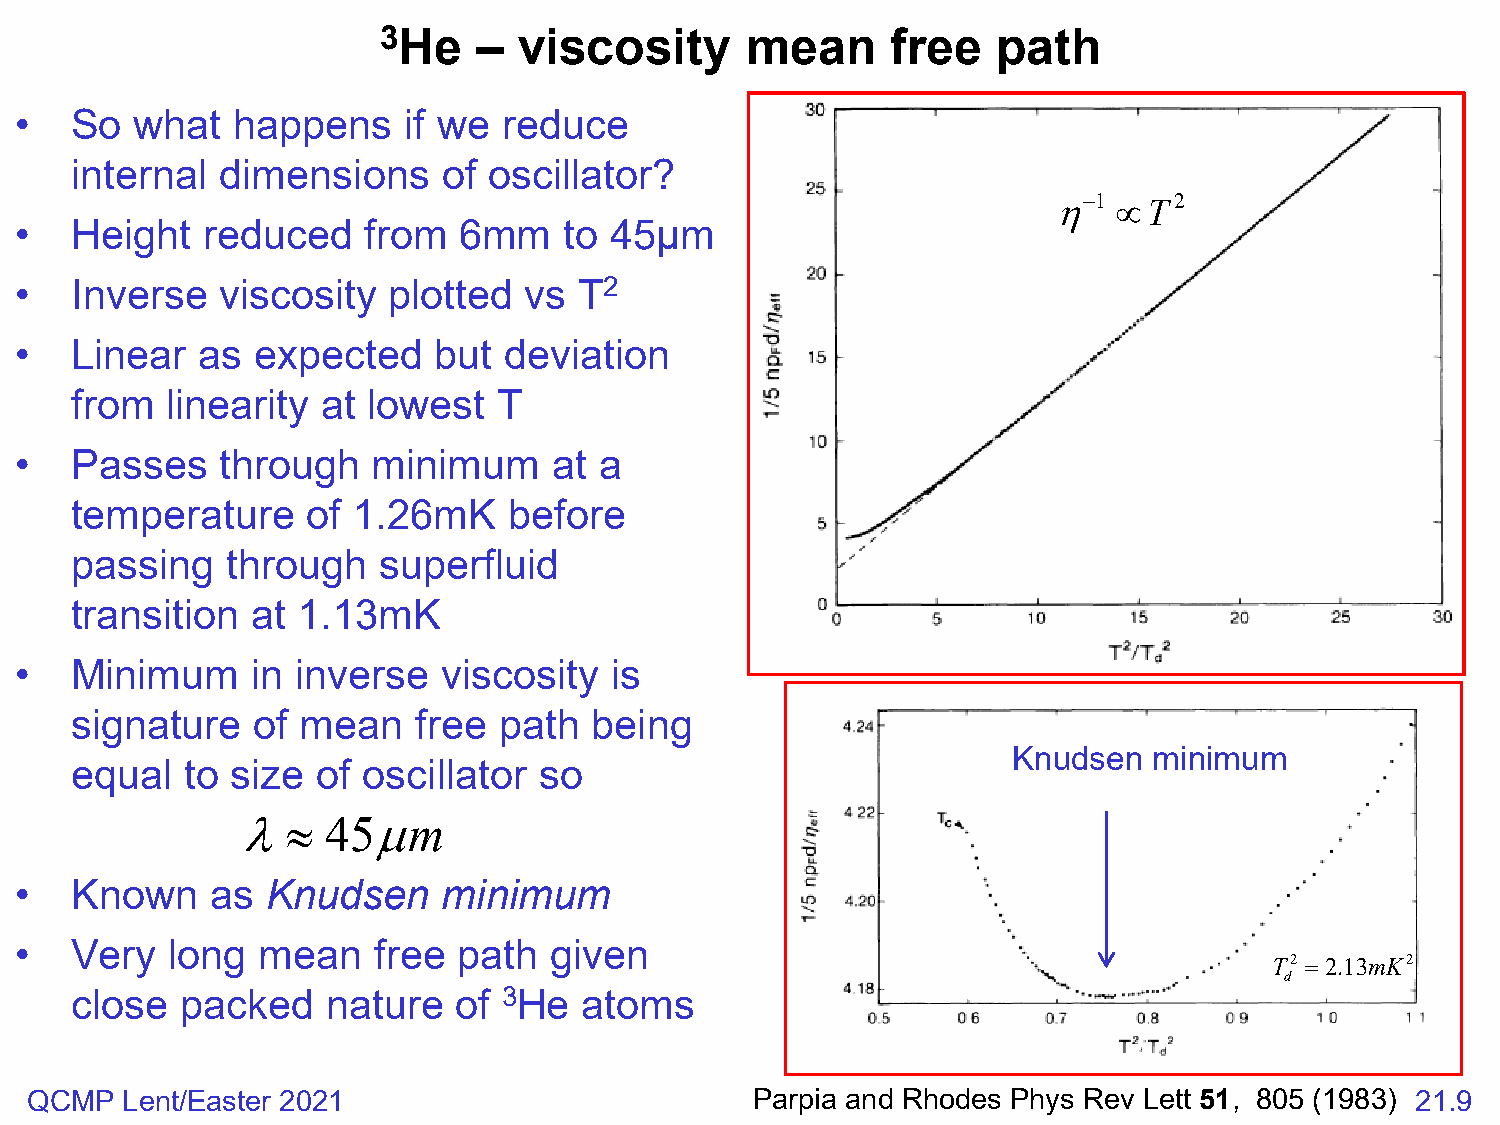
3He    – viscosity      mean      free   path
 •   So  what  happens     if we reduce
 internal  dimensions    of oscillator?
 η−1 ∝T2
 •   Height  reduced    from  6mm    to 45µm
 •   Inverse   viscosity  plotted  vs T2
 •   Linear  as  expected    but deviation
 from  linearity at lowest   T
 •   Passes    through   minimum     at a
 temperature    of 1.26mK     before
 passing   through   superfluid
 transition  at 1.13mK
 •   Minimum     in inverse  viscosity  is
 signature   of mean    free path  being
 Knudsen  minimum
 equal  to size  of oscillator  so
 λ≈    45µm
 •   Known    as  Knudsen    minimum
 •   Very  long  mean    free path  given
 T2 =2.13mK2
 d
 close  packed    nature  of 3He   atoms
 QCMP  Lent/Easter 2021                          Parpia and Rhodes Phys Rev Lett 51, 805 (1983) 21.9